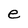
Character: e